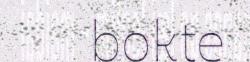
bokte